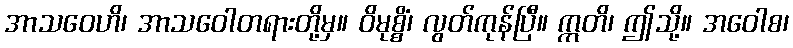
အာသဝေဟိ၊ အာသဝေါတရားတို့မှ။ ဝိမုစ္စိံ၊ လွတ်ကုန်ပြီ။ ဣတိ၊ ဤသို့။ အဝေါစ၊